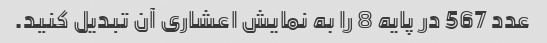
عدد 567 در پایه 8 را به نمایش اعشاری آن تبدیل کنید.